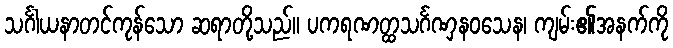
သင်္ဂါယနာတင်ကုန်သော ဆရာတို့သည်။ ပကရဏတ္ထသင်္ဂဏှနဝသေန၊ ကျမ်း၏အနက်ကို